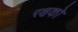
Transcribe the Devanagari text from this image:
रक्षको